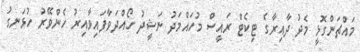
މައްޗަންގޮޅީ މެދު ދާއިރާގެ ޓިކެޓް ރައީސް މުހައްމަދު ނަޝީދު ހޯއްދަވާފައިވާއިރު ހެންވޭރު ހުޅަނގު